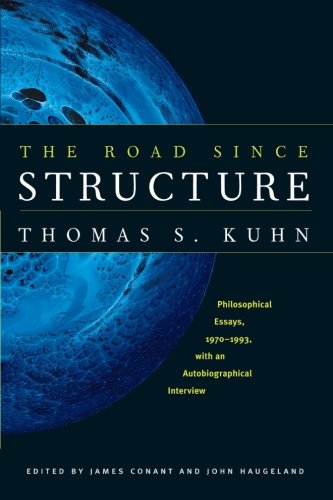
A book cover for The Road since Structure: Philosophical Essays, 1970-1993, with an Autobiographical Interview; Thomas S. Kuhn; Science & Math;